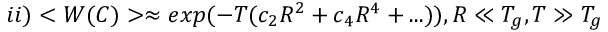
i i ) < W ( C ) > \approx e x p ( - T ( c _ { 2 } R ^ { 2 } + c _ { 4 } R ^ { 4 } + . . . ) ) , R \ll T _ { g } , T \gg T _ { g }